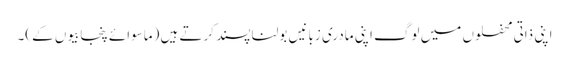
اپنی ذاتی محفلوں میں لوگ اپنی مادری زبانیں بولنا پسند کرتے ہیں (ماسوائے پنجابیوں کے)۔